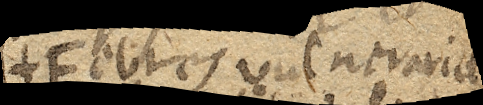
(Febres vulnerariae